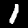
Label: 1